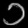
Digit: ၁